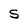
Character: S